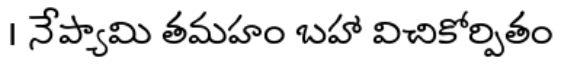
। నేప్యామి తమహం బహా విచికోర్పితం